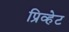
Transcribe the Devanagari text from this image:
प्रिव्हेट